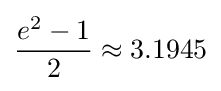
{\frac {e^{2}-1}{2}}\approx 3.1945